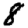
Digit: 8